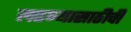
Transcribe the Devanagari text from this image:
लढण्यासाठीची